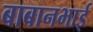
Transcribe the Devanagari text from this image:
बाबानभाई